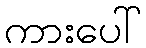
ကားပေါ်